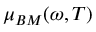
\mu _ { B M } ( \omega , T )